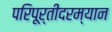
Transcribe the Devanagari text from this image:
परिपूर्तीदरम्यान